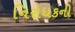
નિરોધકની